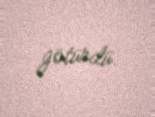
götürdü.